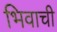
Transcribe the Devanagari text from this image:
भिवाची